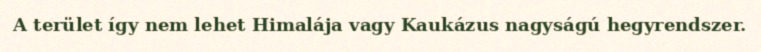
A terület így nem lehet Himalája vagy Kaukázus nagyságú hegyrendszer.